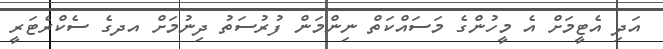
އަދި އެޓީމަށް އެ މީހުންގެ މަސައްކަތް ނިންމަން ފުރުސަތު ދިނުމަށް އދގެ ސެކްރެޓަރީ